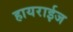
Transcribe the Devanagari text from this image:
हायराईज